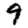
Digit: 9